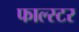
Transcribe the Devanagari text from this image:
फाल्स्टर